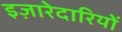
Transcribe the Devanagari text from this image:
इज़ारेदारियों